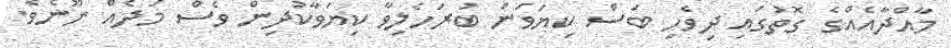
މާއްދާއެއްގެ ގޮތުގައި ދިވެހި ބަސް ކިޔަވަން ބުރަހެލިވާ ކިޔަވާކުދިން ވެސް މަދެއް ނޫނެވެ.